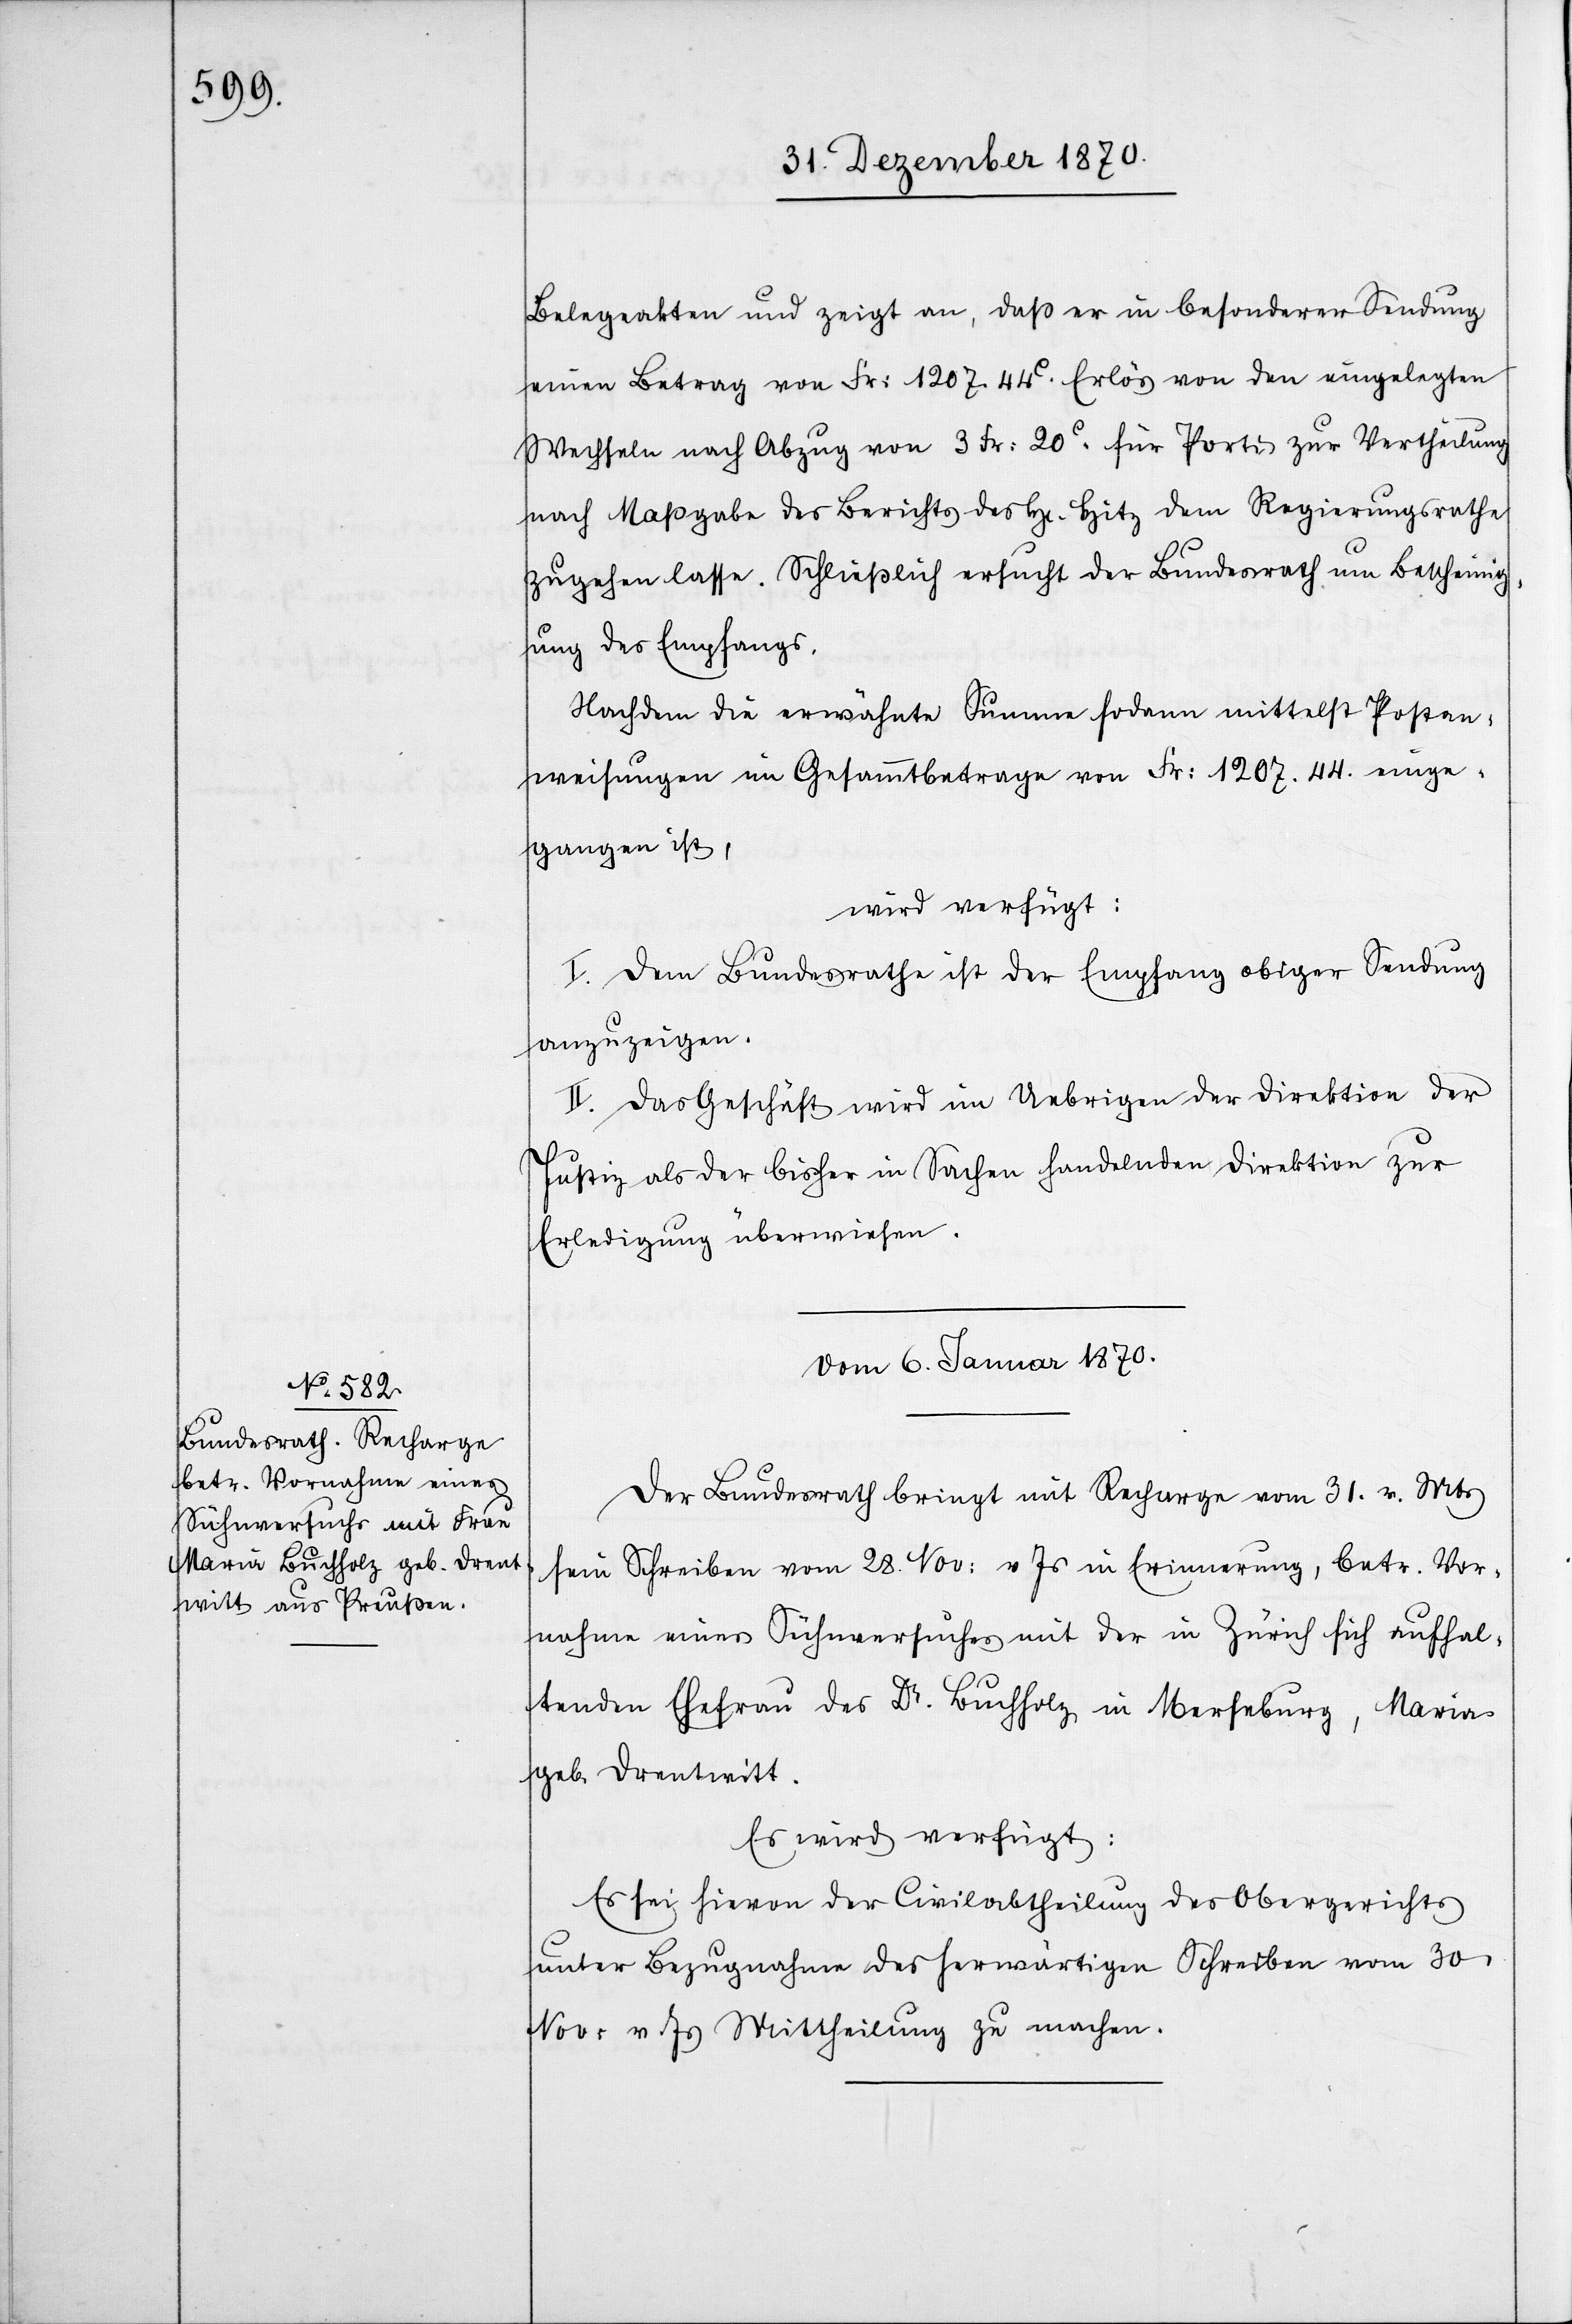
Belegeakten und zeigt an, daß er in besonderer Sendung
einen Betrag von Fr: 1207. 44C. Erlös von den eingelegten
Wechseln nach Abzug von 3 Fr: 20C. für Porti zur Vertheilung
nach Maßgabe des Berichts des H[errn] Hitz dem Regierungsrathe
zugehen lasse. Schließlich ersucht der Bundesrath um Bescheini¬
gung des Empfangs.
Nachdem die erwähnte Summe sodann mittelst Postan¬
weisungen im Gesammtbetrage von Fr: 1207.44. einge¬
gangen ist,
wird verfügt:
I. Dem Bundesrathe ist der Empfang obiger Sendung
anzuzeigen.
II. Das Geschäft wird im Uebrigen der Direktion der
Justiz als der bisher in Sachen handelnden Direktion zur
Erledigung überwiesen.
Vom 6. Januar 1870.
Der Bundesrath bringt mit Recharge vom 31. v. Mts
sein Schreiben vom 28. Nov: v. Js in Erinnerung, betr. Vor¬
nahme eines Sühnversuches mit der in Zürich sich aufhal¬
tenden Ehefrau des Dr. Buchholz in Merseburg, Maria
geb. Drentwitt.
Es wird verfügt:
Es sei hievon der Civilabtheilung des Obergerichts
unter Bezugnahme des herwärtigen Schreiben vom 30.
Nov. v. Js. Mittheilung zu machen.